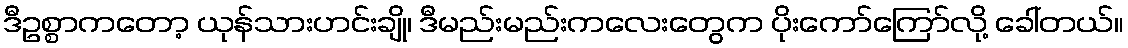
ဒီဥစ္စာကတော့ ယုန်သားဟင်းချို၊ ဒီမည်းမည်းကလေးတွေက ပိုးကော်ကြော်လို့ ခေါ်တယ်။